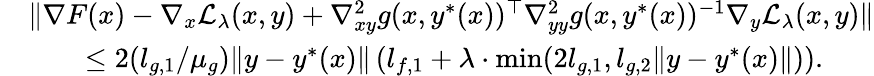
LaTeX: \begin{array}{rl}&{\| \nabla F(x)-\nabla_{x}\mathcal{L}_{\lambda}(x,y)+\nabla_{xy}^{2}g(x,y^{*}(x))^{\top}\nabla_{yy}^{2}g(x,y^{*}(x))^{-1}\nabla_{y}\mathcal{L}_{\lambda}(x,y)\| }\\ &{\qquad\le 2(l_{g,1}/\mu_{g})\| y-y^{*}(x)\| \left(l_{f,1}+\lambda\cdot\operatorname*{min}(2l_{g,1},l_{g,2}\| y-y^{*}(x)\| )\right).}\end{array}